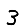
Digit: 3